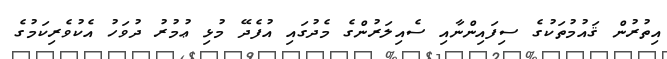
އިތުރުން ޤައުމުތަކުގެ ސިފައިންނާއި ސެއިލަރުންގެ މެދުގައި އުފެދޭ މުޅި ޢުމުރު ދުވަހު އެކުވެރިކަމުގެ